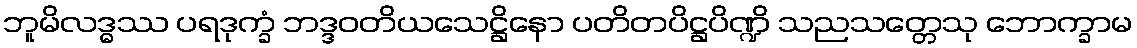
ဘူမိလဒ္ဓဿ ပရဒုက္ခံ ဘဒ္ဒဝတိယသေဋ္ဌိနော ပတိတပိဋ္ဌပိဏ္ဍိ သညသတ္တေသု ဘောက္ခာမ